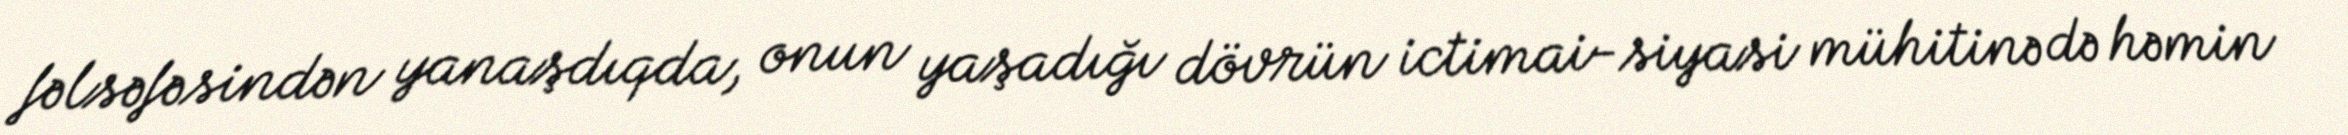
fəlsəfəsindən yanaşdıqda, onun yaşadığı dövrün ictimai-siyasi mühitinə də həmin